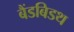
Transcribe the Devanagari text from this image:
बैंडबिडथ